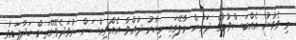
މި ވެވުނު އެއްބަސްވުމުގެ ދަށުން މާލޭގައި މިހާރު ދުއްވާ އެއްޗިއްސަށް ނުވަދެވޭގޮތަށް ހަދާފައިވާ